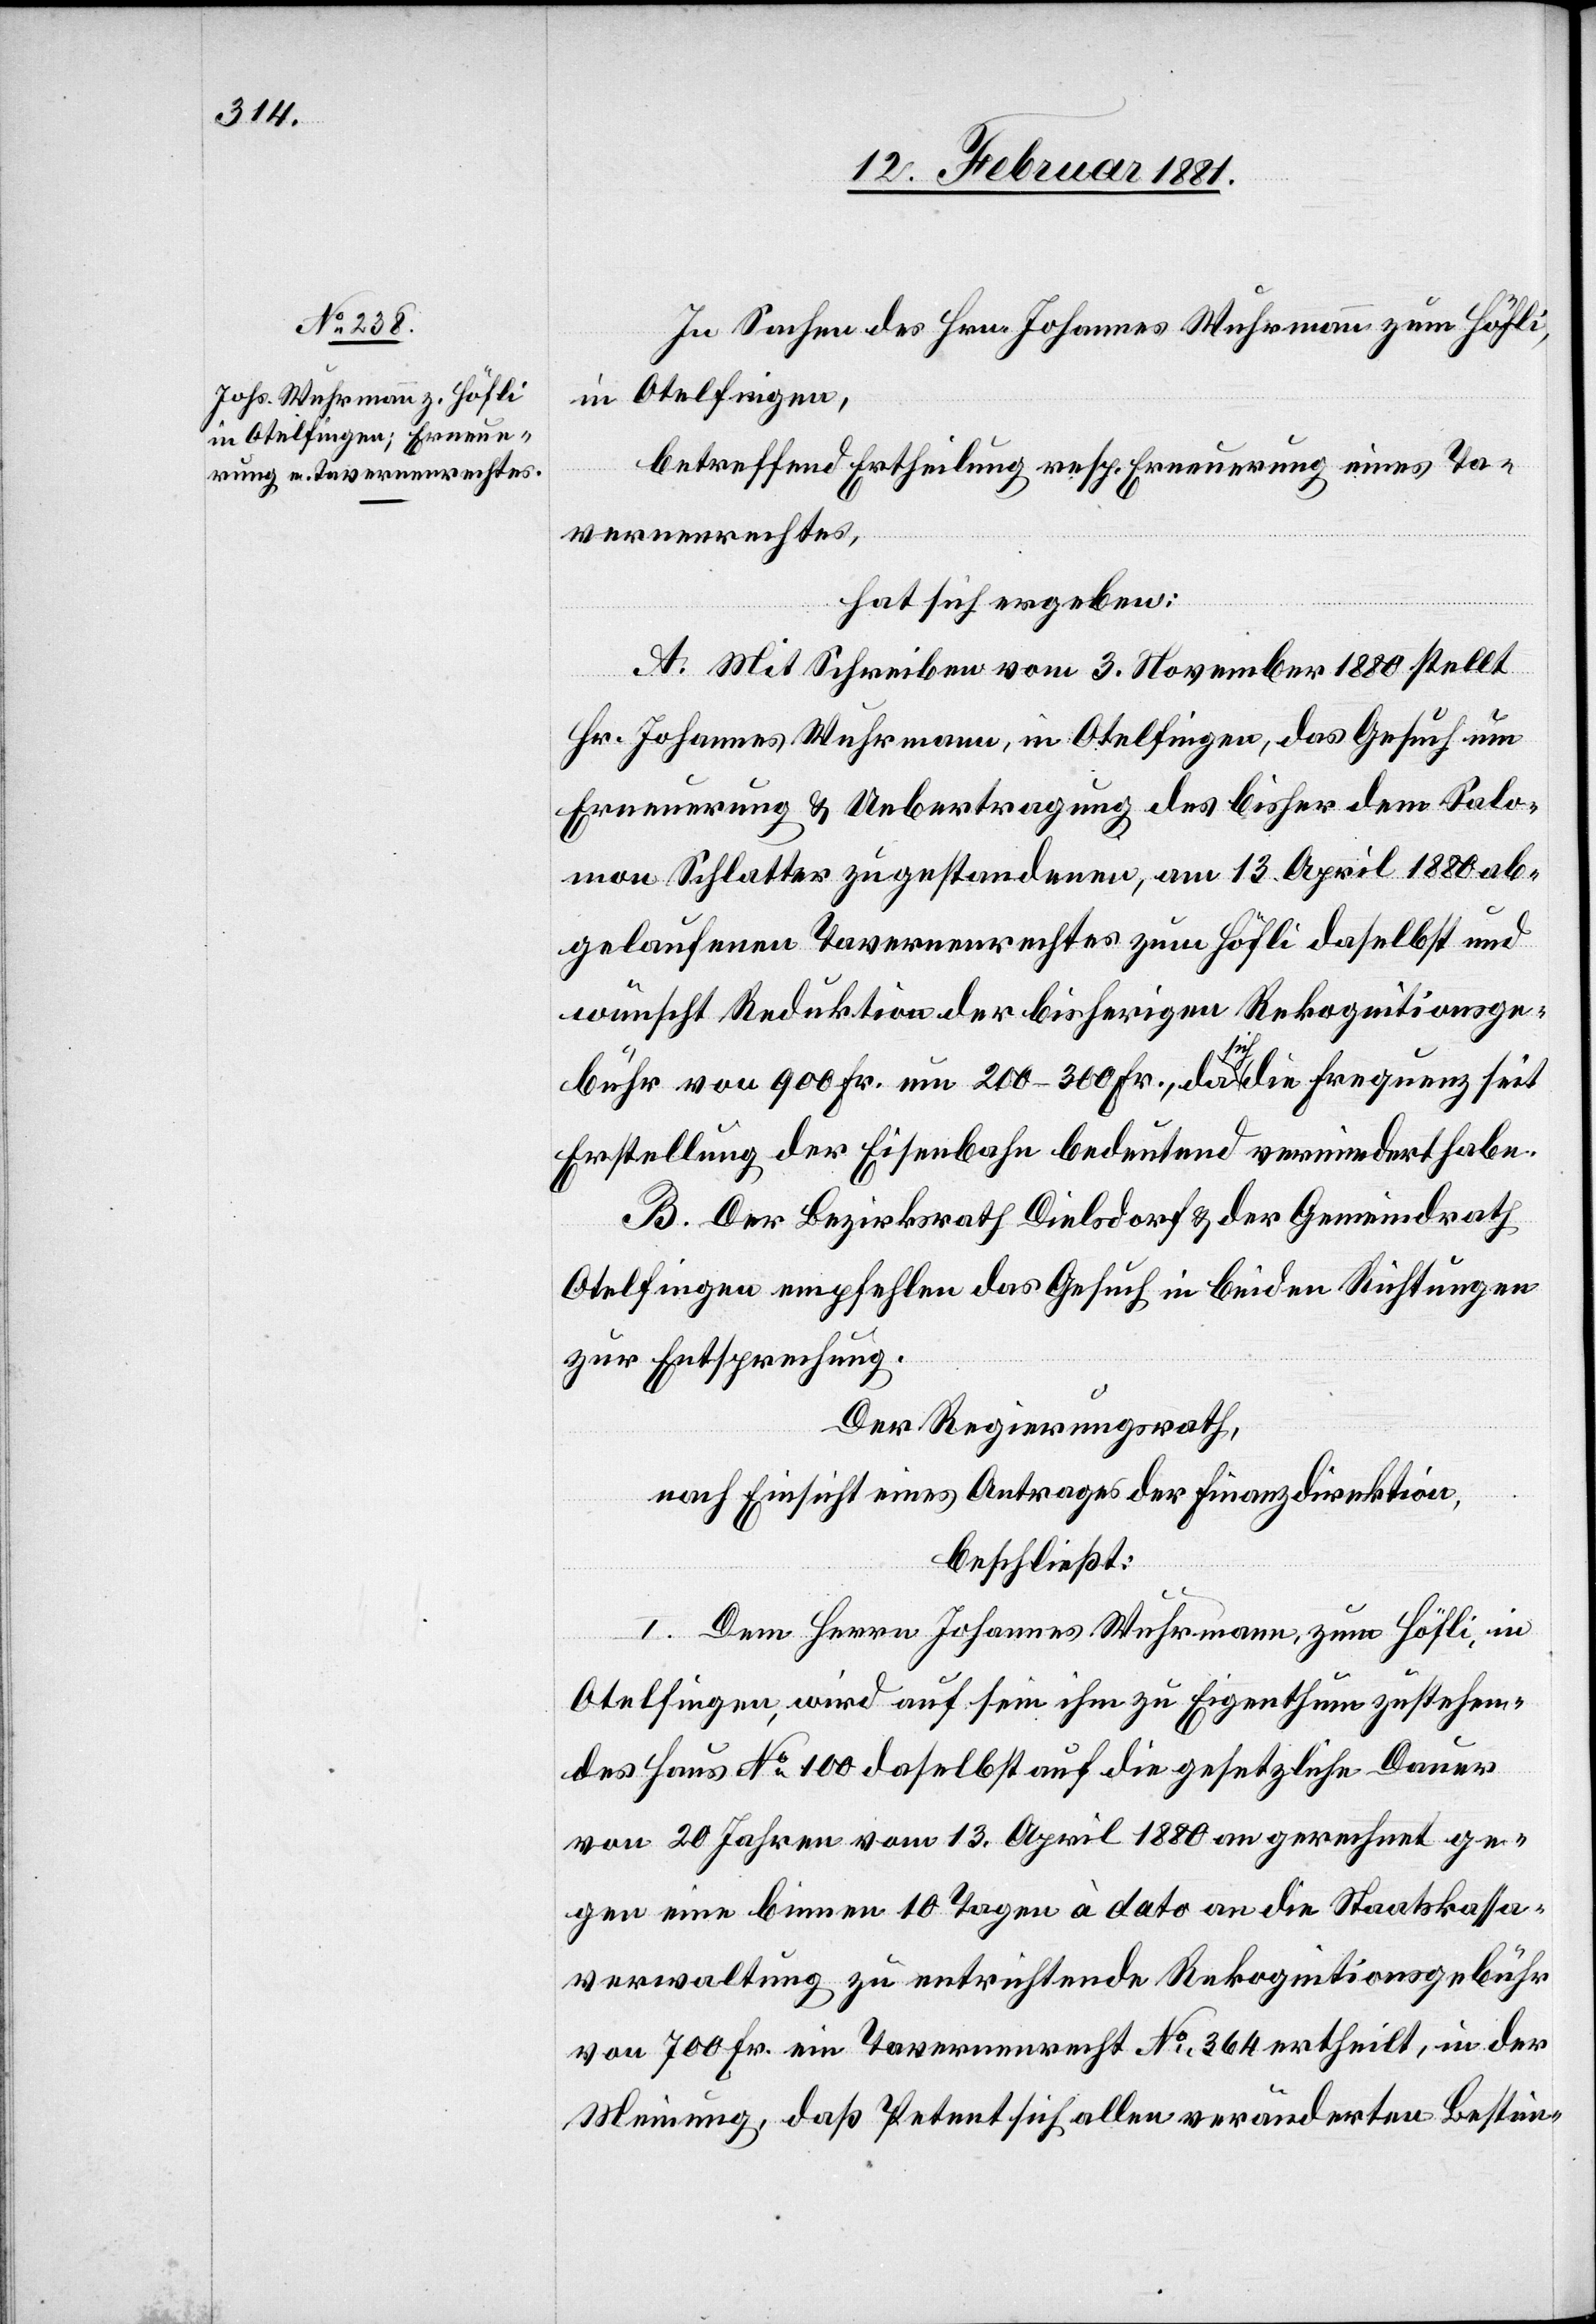
In Sachen des Hrn. Johannes Wuhrmann zum Höfli,
in Otelfingen,
betreffend Ertheilung resp. Erneuerung eines Ta¬
vernenrechtes,
hat sich ergeben:
A. Mit Schreiben vom 3. November 1880 stellt
Hr. Johannes Wuhrmann, in Otelfingen, das Gesuch um
Erneuerung & Uebertragung des bisher dem Salo¬
mon Schlatter zugestandenen, am 13. April 1880 ab¬
gelaufenen Tavernenrechtes zum Höfli daselbst und
wünscht Reduktion der bisherigen Rekognitionsge¬
bühr von 900 Fr. um 200–300 Fr., da sich die Frequenz seit
Erstellung der Eisenbahn bedeutend vermindert habe.
B. Der Bezirksrath Dielsdorf & der Gemeindrath
Otelfingen empfehlen das Gesuch in beiden Richtungen
zur Entsprechung.
Der Regierungsrath,
nach Einsicht eines Antrages der Finanzdirektion,
beschließt:
I. Dem Herrn Johannes Wuhrmann, zum Höfli, in
Otelfingen, wird auf sein ihm zu Eigenthum zustehen¬
des Haus No 100 daselbst auf die gesetzliche Dauer
von 20 Jahren vom 13. April 1880 an gerechnet ge¬
gen eine binnen 10Tagen à dato an die Staatskassa¬
verwaltung zu entrichtende Rekognitionsgebühr
von 700 Fr. ein Tavernenrecht No 364 ertheilt, in der
Meinung, daß Petent sich allen veränderten Bestim-